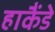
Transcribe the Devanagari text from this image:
हाकैंडे